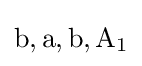
\mathrm {b,a,b,A_{1}}